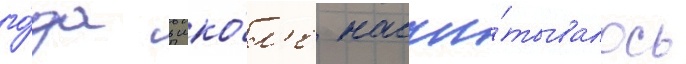
го́да в шко́л'е насчи́тывалось